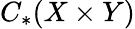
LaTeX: C_{*}(X\times Y)